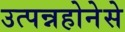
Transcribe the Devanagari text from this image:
उत्पन्नहोनेसे